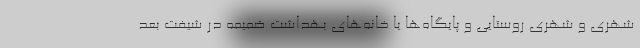
شهری و شهری روستایی و پایگاه‌ها یا خانه‌های بهداشت ضمیمه در شیفت بعد